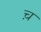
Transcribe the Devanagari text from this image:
च़